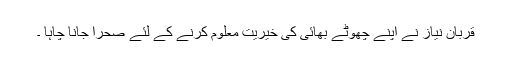
قربان نیاز نے اپنے چھوٹے بھائی کی خیریت معلوم کرنے کے لئے صحرا جانا چاہا ۔